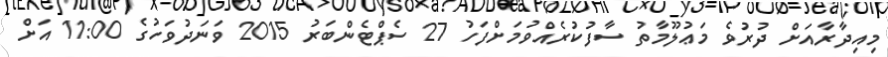
މިއިދާރާއަށް ދުރުވެ މަޢުލޫމާތު ސާފުކުރެއްވުމަށްފަހު 27 ސެޕްޓެންބަރު 2015 ވަނަދުވަހުގެ 11:00 އަށް